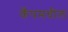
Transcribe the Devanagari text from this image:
कँपमधील